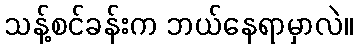
သန့်စင်ခန်းက ဘယ်နေရာမှာလဲ။